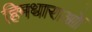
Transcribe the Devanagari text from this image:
हिमधाराओं